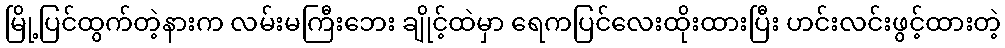
မြို့ပြင်ထွက်တဲ့နားက လမ်းမကြီးဘေး ချိုင့်ထဲမှာ ရေကပြင်လေးထိုးထားပြီး ဟင်းလင်းဖွင့်ထားတဲ့